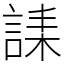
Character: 䛶